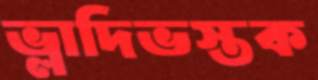
ভ্লাদিভস্তক